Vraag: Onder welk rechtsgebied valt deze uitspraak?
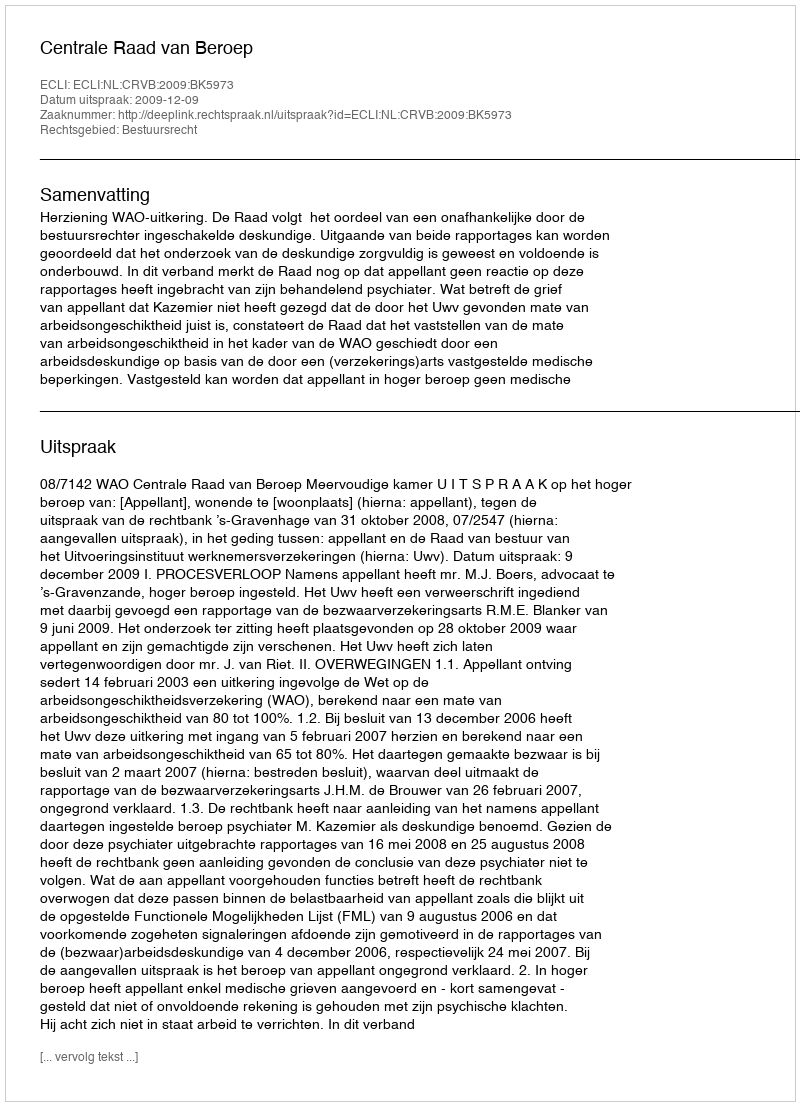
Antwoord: Bestuursrecht